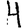
Digit: 4